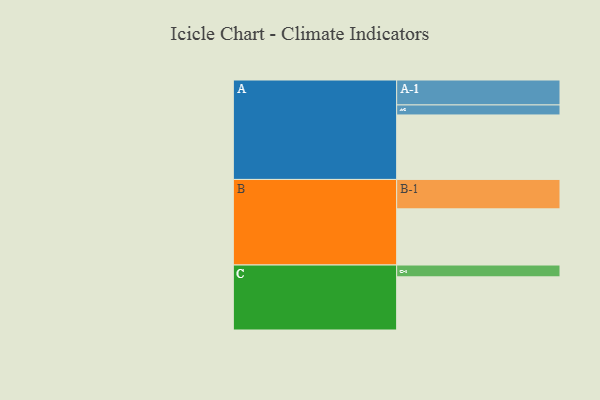
{"axis": {"x": "Segment", "y": "Value"}, "legend": ["", "A", "B", "C"], "data": [{"x": "A", "y": 535, "type": ""}, {"x": "B", "y": 466, "type": ""}, {"x": "C", "y": 441, "type": ""}, {"x": "A-1", "y": 207, "type": "A"}, {"x": "A-2", "y": 83, "type": "A"}, {"x": "B-1", "y": 244, "type": "B"}, {"x": "C-1", "y": 98, "type": "C"}]}